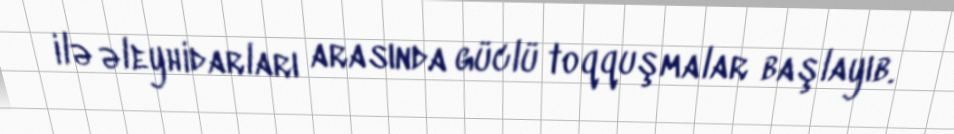
ilə əleyhidarları arasında güclü toqquşmalar başlayıb.